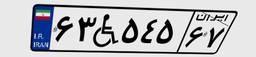
۷۰W۸۴۷۷۵